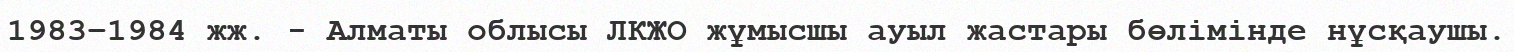
1983–1984 жж. - Алматы облысы ЛКЖО жұмысшы ауыл жастары бөлiмiнде нұсқаушы.